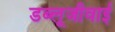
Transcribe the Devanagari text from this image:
डब्लूजीवाई